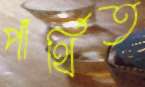
পার্থিত